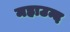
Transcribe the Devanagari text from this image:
महाउन्द